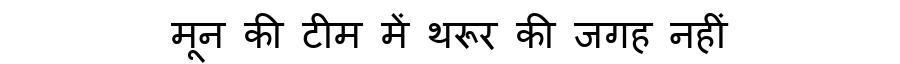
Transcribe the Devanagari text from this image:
मून की टीम में थरूर की जगह नहीं